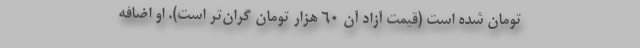
تومان شده است (قیمت آزاد آن ۶۰ هزار تومان گران‌تر است). او اضافه